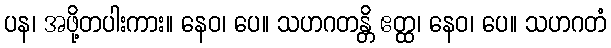
ပန၊ အဖို့တပါးကား။ နေဝ၊ ပေ။ သဟဂတန္တိ ဧတ္ထ၊ နေဝ၊ ပေ။ သဟဂတံ